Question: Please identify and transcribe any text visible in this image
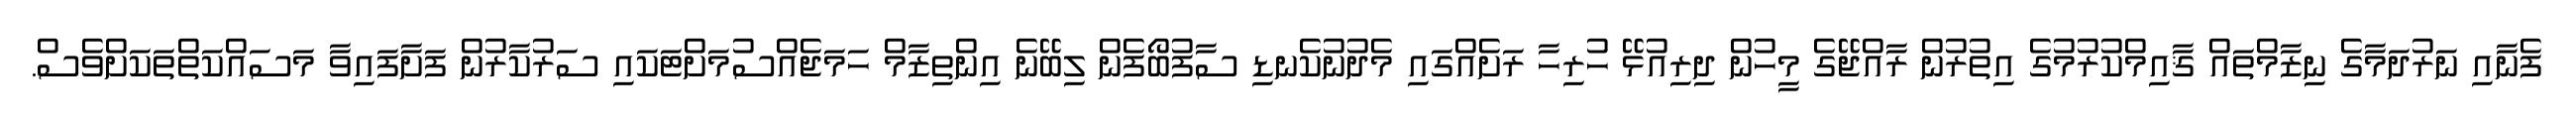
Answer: ފެނާއި ނަރުދަމާގެ ނިޒާމްތައް ޤާއިމްކުރުމުގެ އިތުރުން ރާއްޖޭގެ މީހުން ދިރިއުޅޭ ހުރިހާ ރަށެއްގައި މެދުނުކެނޑި ސާފުބޯފެން ލިބޭނެ އިންތިޒާމް ހަމަޖެއްސުމަށްޓަކައި ސަރުކާރުން ފަށާފައިވާ މަސައްކަތްތަކަށްވެސް.